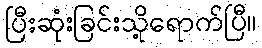
ပြီးဆုံးခြင်းသို့ရောက်ပြီ။